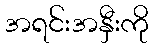
အရင်းအနှီးကို